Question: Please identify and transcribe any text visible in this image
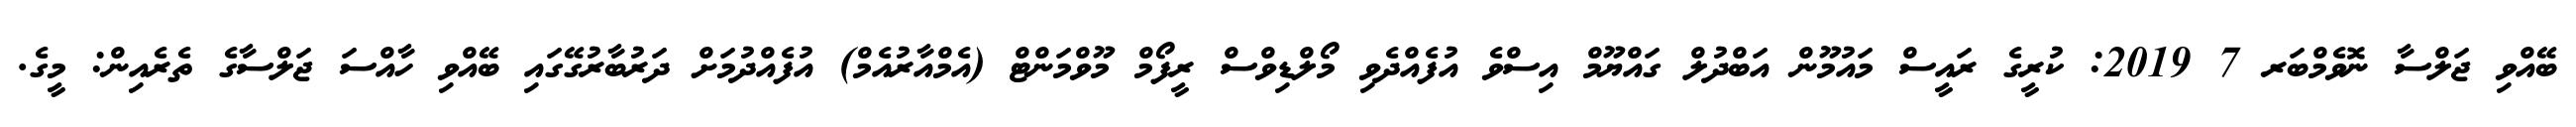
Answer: ބޭއްވި ޖަލްސާ ނޮވެމްބަރ 7 2019: ކުރީގެ ރައީސް މައުމޫން އަބްދުލް ގައްޔޫމް އިސްވެ އުފެއްދެވި މޯލްޑިވްސް ރީފޯމް މޫވްމަންޓް (އެމްއާރުއެމް) އުފެއްދުމަށް ދަރުބާރުގޭގައި ބޭއްވި ހާއްސަ ޖަލްސާގެ ތެރެއިން: މީގެ.